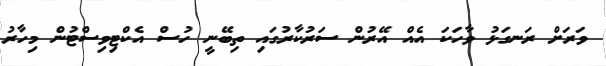
ވަރަށް ރަނގަޅު ވާހަކަ އެއް އޭރުން ސަރުކާރުގައި ތިބޭނީ ހުސް އެކްޓިވިސްޓުން މިހާރު